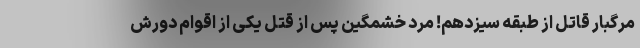
مرگبار قاتل از طبقه سیزدهم! مرد خشمگین پس از قتل یکی از اقوام دورش